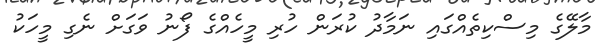
މާލޭގެ މިސްކިތެއްގައި ނަމާދު ކުރަން ހުރި މީހެއްގެ ފޯނު ވަގަށް ނެގި މީހަކު